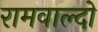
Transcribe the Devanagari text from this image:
रामवाल्दो